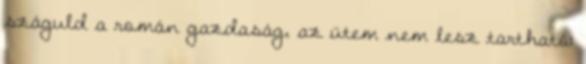
száguld a román gazdaság, az ütem nem lesz tartható: